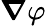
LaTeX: \boldsymbol{\nabla}\varphi